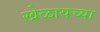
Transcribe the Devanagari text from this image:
खेळायच्या